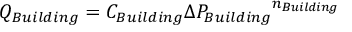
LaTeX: Q _ { B u i l d i n g } = C _ { B u i l d i n g } { { \Delta } P _ { B u i l d i n g } } ^ { n _ { B u i l d i n g } } \,